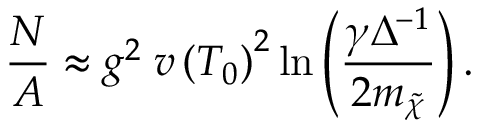
\frac { { \cal N } } { A } \approx g ^ { 2 } \; v \left( T _ { 0 } \right) ^ { 2 } \mathrm { l n } \left( \frac { \gamma \Delta ^ { - 1 } } { 2 m _ { \tilde { \chi } } } \right) .